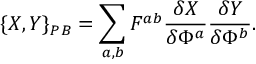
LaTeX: \{ X , Y \} _ { P B } = \sum _ { a , b } F ^ { a b } \frac { \delta X } { \delta \Phi ^ { a } } \frac { \delta Y } { \delta \Phi ^ { b } } .